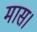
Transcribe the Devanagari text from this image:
मास।